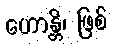
ဟောန္တိ၊ ဖြစ်